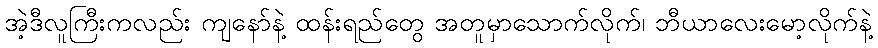
အဲ့ဒီလူကြီးကလည်း ကျနော်နဲ့ ထန်းရည်တွေ အတူမှာသောက်လိုက်၊ ဘီယာလေးမော့လိုက်နဲ့